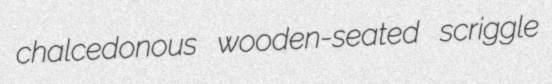
chalcedonous wooden-seated scriggle